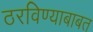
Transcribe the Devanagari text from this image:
ठरविण्याबाबत